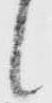
候